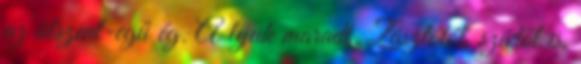
az álszent-egű ég. A lyuk maradt. Zászlótól, szívtől is,